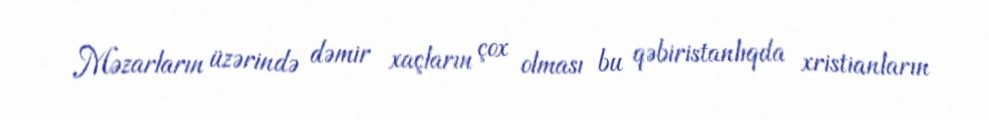
Məzarların üzərində dəmir xaçların çox olması bu qəbiristanlıqda xristianların